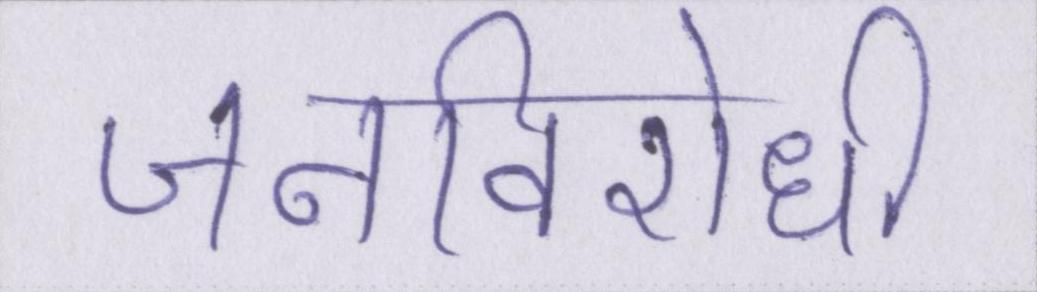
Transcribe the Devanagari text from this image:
जनविरोधी